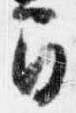
間